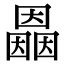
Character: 𡈲